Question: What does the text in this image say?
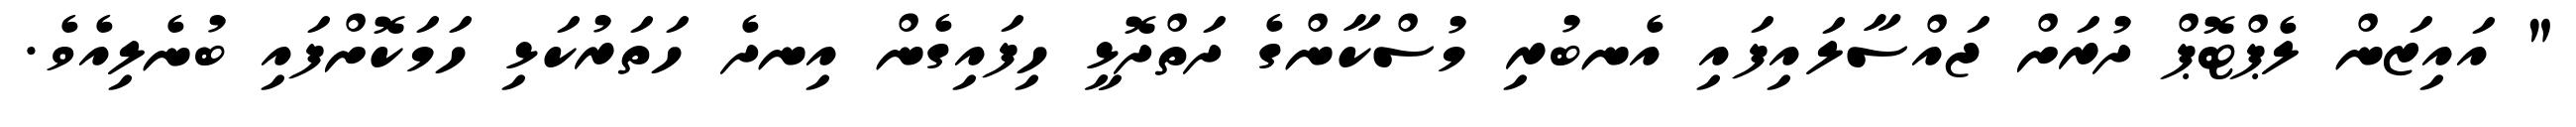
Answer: " އައިޒަން ލެޕްޓޮޕް ދުރަށް ޖައްސާލައިފައި އެނބުރި މުސްކާންގެ ދަތްދޮޅީ ހިފައިގެން އިނދެ ހަތަރުކަޅި ހަމަކޮށްފައި ބުނެލިއެވެ.